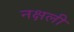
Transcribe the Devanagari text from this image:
नक्षली